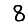
Digit: 8